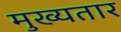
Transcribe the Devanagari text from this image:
मुख्यतार